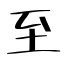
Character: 至